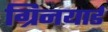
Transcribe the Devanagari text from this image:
ग्रिनयार्ड